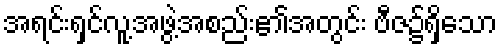
အရင်းရှင်လူ့အဖွဲ့အစည်း၏အတွင်း ဗီဇ၌ရှိသော